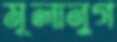
মূলানুগ